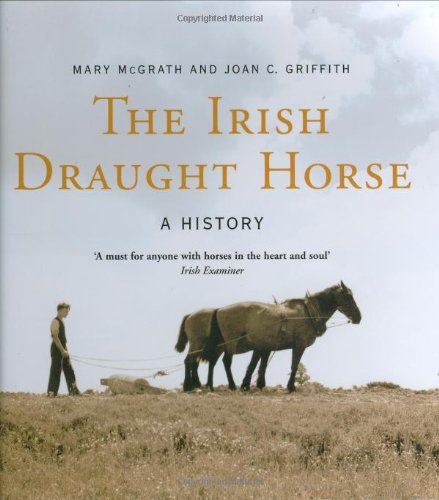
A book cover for The Irish Draught Horse: A History; Mary McGrath; Science & Math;